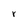
Character: r